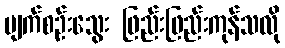
မျက်စဉ်းသွေး ဖြည်းဖြည်းကုန်သလို